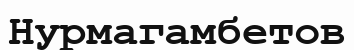
Нурмагамбетов